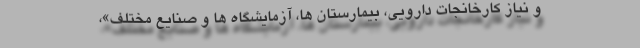
و نیاز کارخانجات دارویی، بیمارستان ها، آزمایشگاه ها و صنایع مختلف»،